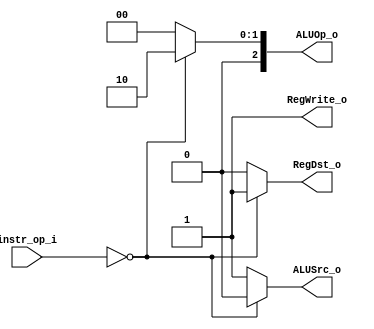
module Decoder( instr_op_i, RegWrite_o,	ALUOp_o, ALUSrc_o, RegDst_o );
     
//I/O ports
input	[6-1:0] instr_op_i;

output			RegWrite_o;
output	[3-1:0] ALUOp_o;
output			ALUSrc_o;
output			RegDst_o;
 
//Internal Signals
wire	[3-1:0] ALUOp_o;
wire			ALUSrc_o;
wire			RegWrite_o;
wire			RegDst_o;

//Main function
/*your code here*/
assign RegWrite_o = 1'b1;
assign ALUOp_o[2:0] = (instr_op_i == 6'b000000) ? 3'b010 : 3'b000; 
assign ALUSrc_o = (instr_op_i == 6'b000000) ? 1'b0 : 1'b1;
assign RegDst_o = (instr_op_i == 6'b000000) ? 1'b1 : 1'b0;

endmodule